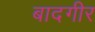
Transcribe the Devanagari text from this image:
बादगीर